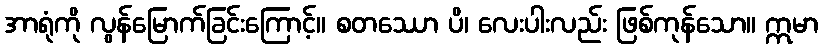
အာရုံကို လွန်မြောက်ခြင်းကြောင့်။ စတဿော ပိ၊ လေးပါးလည်း ဖြစ်ကုန်သော။ ဣမာ